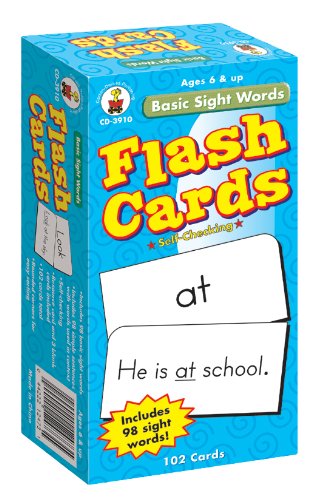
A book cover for Basic Sight Words Flash Cards, Grades 1 - 3; Test Preparation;